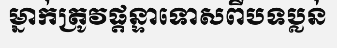
ម្នាក់ត្រូវផ្តន្ទាទោសពីបទប្លន់